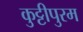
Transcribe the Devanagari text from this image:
कुट्टीपुरम